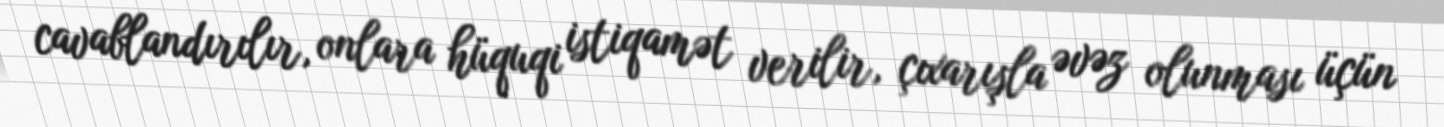
cavablandırılır, onlara hüquqi istiqamət verilir, çıxarışla əvəz olunması üçün